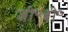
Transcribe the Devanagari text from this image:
जी॰बी॰